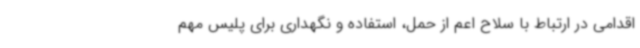
اقدامی در ارتباط با سلاح اعم از حمل، استفاده و نگهداری برای پلیس مهم